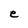
Character: e